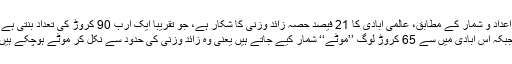
اعداد و شمار کے مطابق، عالمی آبادی کا 21 فیصد حصہ زائد وزنی کا شکار ہے، جو تقریباً ایک ارب 90 کروڑ کی تعداد بنتی ہے؛
جبکہ اس آبادی میں سے 65 کروڑ لوگ ’’موٹے‘‘ شمار کیے جاتے ہیں یعنی وہ زائد وزنی کی حدود سے نکل کر موٹے ہوچکے ہیں۔